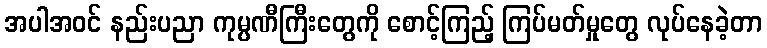
အပါအဝင် နည်းပညာ ကုမ္ပဏီကြီးတွေကို စောင့်ကြည့် ကြပ်မတ်မှုတွေ လုပ်နေခဲ့တာ